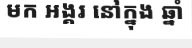
មក អង្គរ នៅក្នុង ឆ្នាំ